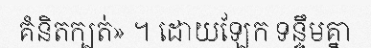
គំនិតក្បត់» ។ ដោយឡែក ទន្ទឹមគ្នា